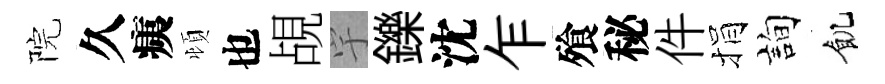
院久痍頓也覘宇鑠沈乍飱秘件捐詢飢